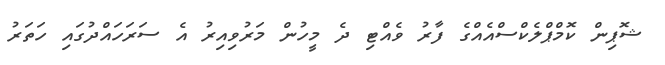
ޝޮޕިން ކޮމްޕްލެކްސްއެއްގެ ފާރު ވެއްޓި ދެ މީހުން މަރުވިއިރު އެ ސަރަހައްދުގައި ހަތަރު